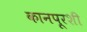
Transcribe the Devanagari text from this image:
कानपूरशी